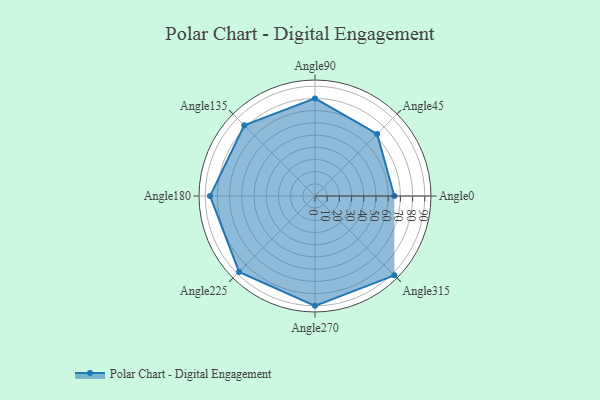
{"axis": {"x": "Angle", "y": "Radius"}, "legend": [""], "data": [{"x": "Angle0", "y": 65.0, "type": ""}, {"x": "Angle45", "y": 72.0, "type": ""}, {"x": "Angle90", "y": 80.0, "type": ""}, {"x": "Angle135", "y": 82.0, "type": ""}, {"x": "Angle180", "y": 86.0, "type": ""}, {"x": "Angle225", "y": 88.0, "type": ""}, {"x": "Angle270", "y": 90.0, "type": ""}, {"x": "Angle315", "y": 92.0, "type": ""}]}